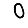
Digit: 0